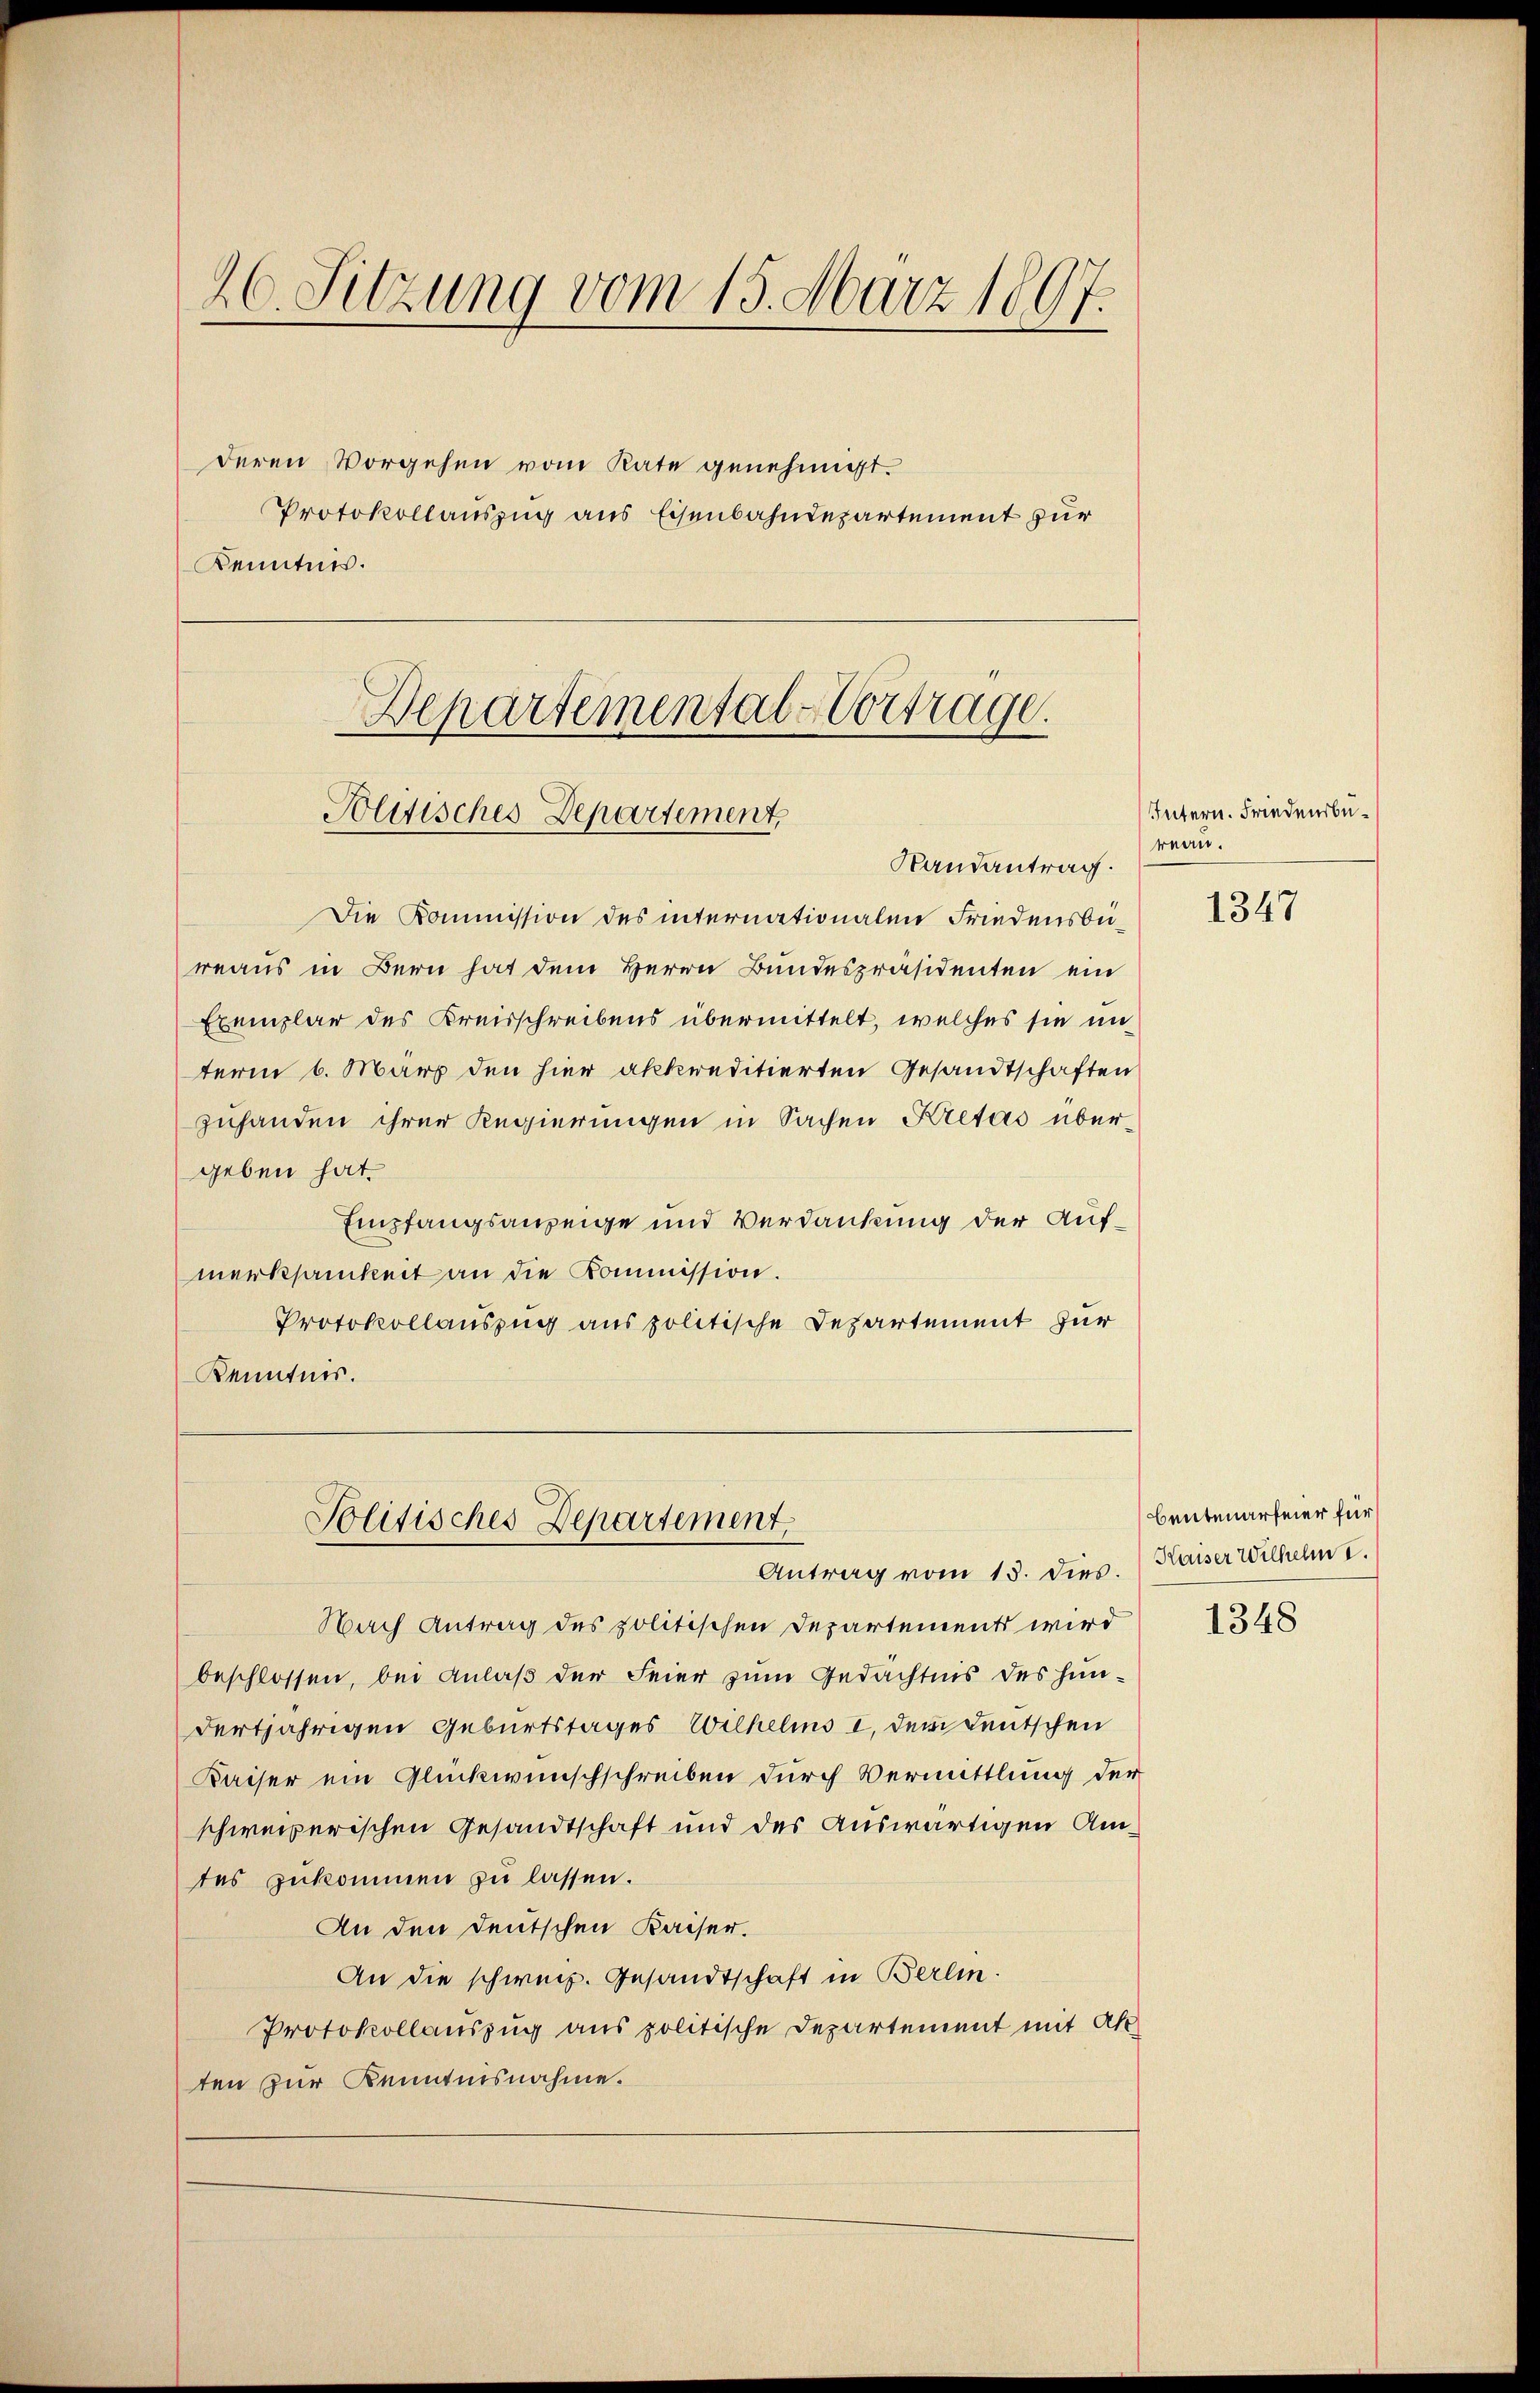
26. Sitzung vom 15. März 1897.

deren Vorgehen vom Rate genehmigt.
Protokollauszug aus Eisenbahndepartement zur
Kenntnis.

Departemental-Vortrage.
Politisches Departement,
Randantrag.

Politisches Departement,
Antrag vom 15. dies. (Kaiser Wilhelm

Die Kommission des internationalen Friedensbureaus in Bern hat dem Herrn Bundespräsidenten ein
Exemplar des Kreisschreibens übermittelt, welches sie un
term 6. März den hier akkreditierten Gesandtschaften
zuhanden ihrer Regierungen in Sachen Kretas übergeben hat.
Empfangsanzeige und Verdankung der Aufmerksamkeit an die Kommission.
Protokollauszug aus politische Departement zur
Kenntnis.

Nach Antrag des politischen Departements wird
beschlossen, bei Anlaß der Feier zum Gedächtnis des Hindertjährigen Geburtstages Wilhelms I, dem Leutschen
Kaiser ein Glückwunschschreiben durch Vermittlung der
schweizerischen Gesandtschaft und des auswärtigen Amtes zukommen zu lassen.
An den deutschen Kaiser.
An die schweiz. Gesandtschaft in Berlin.
Protokollauszug aus politische Departement mit Ak
ten zur Kenntnisnahme.

Intern. Friedensbureau.

1347

Beutenärfeier für

1348